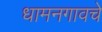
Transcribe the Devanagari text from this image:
धामनगावचे